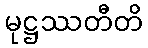
မုဋ္ဌဿတီတိ